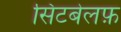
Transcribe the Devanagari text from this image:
सिटबेलफ़